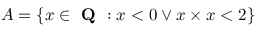
A = \{ x \in { \textbf { Q } } : x < 0 \lor x \times x < 2 \}